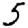
Digit: 5